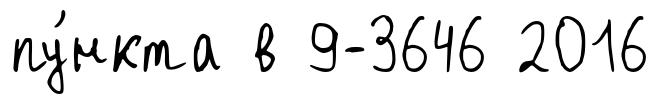
пу́нкта в 9-3646 2016